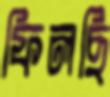
ফিলছি